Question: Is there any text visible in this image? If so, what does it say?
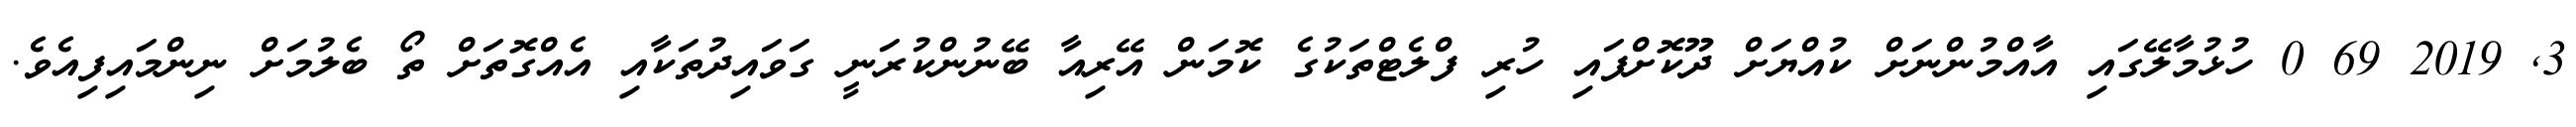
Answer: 3, 2019 69 0 ހުޅުމާލޭގައި އާއްމުންނަށް ކުއްޔަށް ދޫކޮށްފައި ހުރި ފްލެޓްތަކުގެ ކޮމަން އޭރިއާ ބޭނުންކުރަނީ ގަވައިދުތަކާއި އެއްގޮތަށް ތޯ ބެލުމަށް ނިންމައިފިއެވެ.